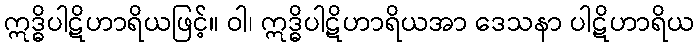
ဣဒ္ဓိပါဋိဟာရိယဖြင့်။ ဝါ၊ ဣဒ္ဓိပါဋိဟာရိယအာ ဒေသနာ ပါဋိဟာရိယ